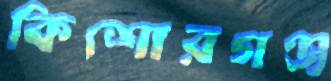
কিশোরগঞ্জ